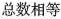
总数相等